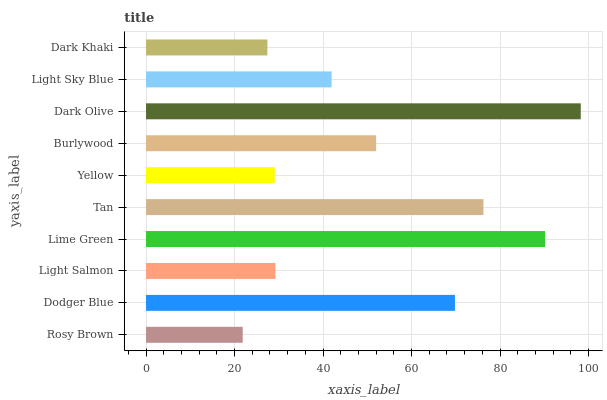
| yaxis_label | bars |
 | --- | --- |
 | Rosy Brown | 21.8 |
 | Dodger Blue | 69.8 |
 | Light Salmon | 29.2 |
 | Lime Green | 90.2 |
 | Tan | 76.2 |
 | Yellow | 29.1 |
 | Burlywood | 52 |
 | Dark Olive | 98.2 |
 | Light Sky Blue | 41.9 |
 | Dark Khaki | 27.4 |